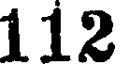
112